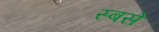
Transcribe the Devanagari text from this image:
स्बसे